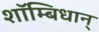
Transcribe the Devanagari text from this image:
शाॅम्बिधान्